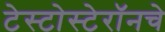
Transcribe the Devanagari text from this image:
टेस्टोस्टेरॉनचे